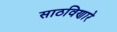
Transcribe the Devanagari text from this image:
साठविणारे